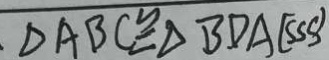
\Delta A B C \cong \Delta B D A ( S S S )